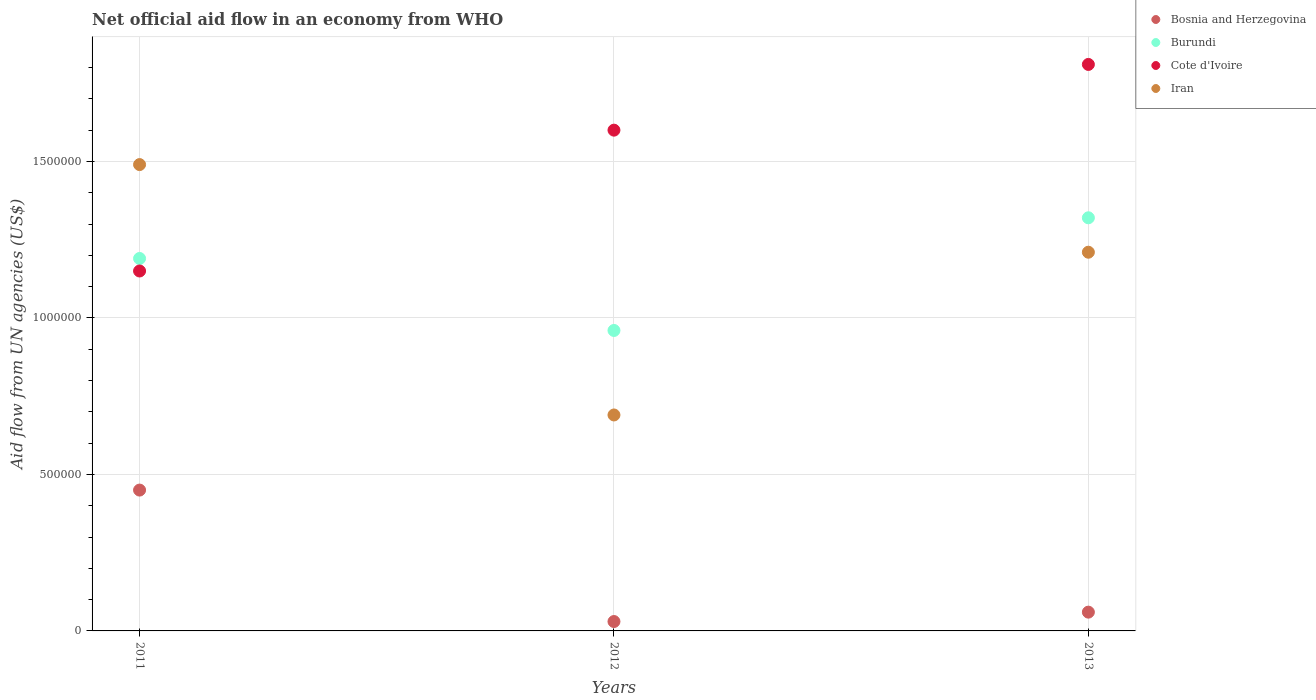
| Years | Bosnia and Herzegovina | Burundi | Cote d'Ivoire | Iran |
 | --- | --- | --- | --- | --- |
 | 2011 | 4.5e+05 | 1.19e+06 | 1.15e+06 | 1.49e+06 |
 | 2012 | 3e+04 | 9.6e+05 | 1.6e+06 | 6.9e+05 |
 | 2013 | 6e+04 | 1.32e+06 | 1.81e+06 | 1.21e+06 |